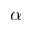
\alpha